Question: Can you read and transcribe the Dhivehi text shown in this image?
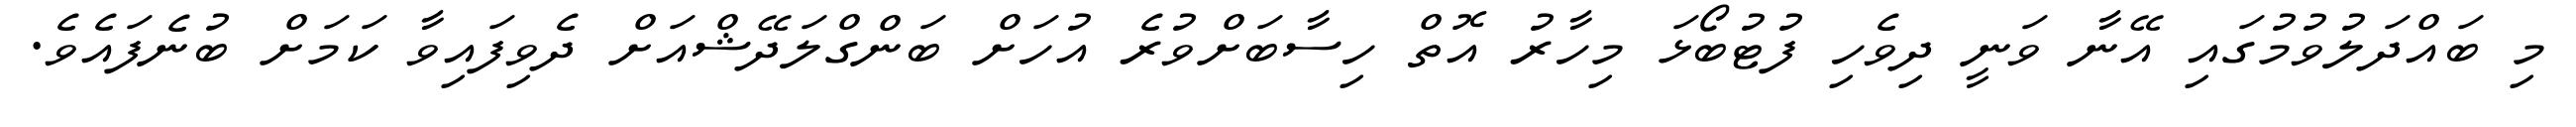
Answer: މި ބައްދަލުވުމުގައި އޭނާ ވަނީ ދިވެހި ފުޓުބޯޅަ މިހާރު އޮތް ހިސާބަށްވުރެ އުހަށް ބަންގްލަދޭޝްއަށް ދެވިފައިވާ ކަމަށް ބުނެފައެވެ.